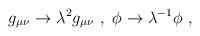
LaTeX: \begin{align*}g_{\mu \nu} \rightarrow \lambda^2 g_{\mu \nu} ~,~\phi \rightarrow \lambda^{-1} \phi ~,~\,\end{align*}